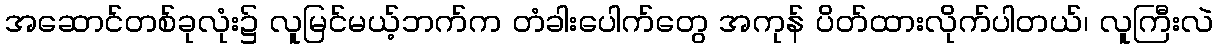
အဆောင်တစ်ခုလုံး၌ လူမြင်မယ့်ဘက်က တံခါးပေါက်တွေ အကုန် ပိတ်ထားလိုက်ပါတယ်၊ လူကြီးလဲ